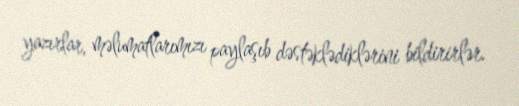
yazırlar, məlumatlarımızı paylaşıb dəstəklədiklərini bildirirlər.